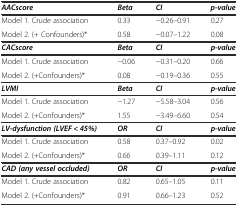
| AACscore | Beta | CI | p-value |
 | --- | --- | --- | --- |
 | Model 1. Crude association | 0.33 | -0.26–0.91 | 0.27 |
 | Model 2. (+ Confounders)* | 0.58 | -0.07–1.22 | 0.08 |
 | CACscore | Beta | CI | p-value |
 | Model 1. Crude association | -0.06 | -0.31–0.20 | 0.66 |
 | Model 2. (+Confounders)* | 0.08 | -0.19–0.36 | 0.55 |
 | LVMI | Beta | CI | p-value |
 | Model 1. Crude association | -1.27 | -5.58–3.04 | 0.56 |
 | Model 2. (+Confounders)* | 1.55 | -3.49–6.60 | 0.54 |
 | LV-dysfunction (LVEF < 45%) | OR | CI | p-value |
 | Model 1. Crude association | 0.58 | 0.37–0.92 | 0.02 |
 | Model 2. (+Confounders)* | 0.66 | 0.39–1.11 | 0.12 |
 | CAD (any vessel occluded) | OR | CI | p-value |
 | Model 1. Crude association | 0.82 | 0.65–1.05 | 0.11 |
 | Model 2. (+Confounders)* | 0.91 | 0.66–1.23 | 0.52 |